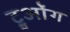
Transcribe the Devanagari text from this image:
ट्रुओंग